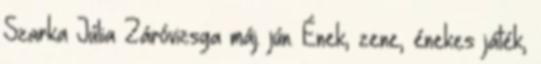
Szarka Júlia Záróvizsga máj. jún. Ének, zene, énekes játék,